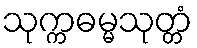
သုက္ကဓမ္မသုတ္တံ